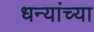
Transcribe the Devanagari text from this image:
धन्यांच्या